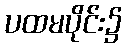
ပထမပိုင်း၌